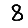
Digit: 8